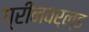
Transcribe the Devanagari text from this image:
ग्रीनवर्ल्ड